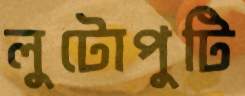
লুটোপুটি